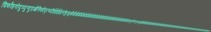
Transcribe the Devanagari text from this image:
ग्रिर्फोइगोदुय्दुग्दुएओगिसोद्त्घ्दीईईईईइगोफुसूऔऔऔऔऔऔऔऔऔऔऔऔऔऔऔऔऔऔऔऔऔऔऔऔऔऔऔऔओइरुफ्गुइस्ग्फिस्ग्फुय्ग्क्षुऔऔऔऔऔऔऔऔऔऔऔऔऔऔऔऔऔऔऔऔऔऔऔऔऔऔऔऔऔऔऔऔऔऔऔऔऔऔऔऔऔऔऔऔऔऔऔऔऔऔऔऔऔऔऔऔऔऔऔऔऔऔऔऔऔऔऔऔऔऔऔऔऔऔऔऔऔऔऔऔऔऔऔऔऔऔऔऔऔऔऔऔऔऔऔऔऔऔऔऔऔऔऔऔऔऔऔऔ